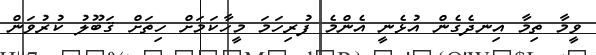
ވީމާ ތިމާ އިނދެގެން އުޅެނީ އެންމެ ފުރިހަމަ މީހާކަމަށް ހިތަށް ޤަބޫލު ކުރުވަން